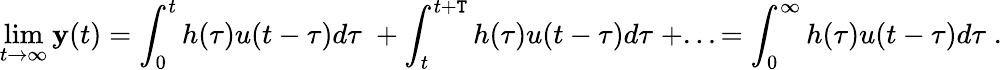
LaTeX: \operatorname*{lim}_{t\to\infty}\mathbf{y}(t)=\int_{0}^{t}h(\tau)u(t-\tau)d\tau\; +\int_{t}^{t+\mathtt{T}}h(\tau)u(t-\tau)d\tau\; +...=\int_{0}^{\infty}h(\tau)u(t-\tau)d\tau\; .